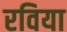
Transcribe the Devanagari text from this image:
रविया